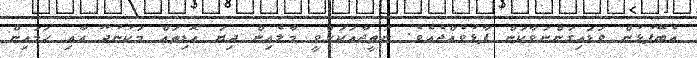
އެބޭފުޅުން ވަޑައިގަންނަވާކަން ފާޅުވެއްޖެއެވެ. ނަތީޖާއަކަށްވީ މާލެއިން ދިޔަ އޮޑިތައް މަކުނުދޫ އާއި ހަމައިން